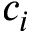
c _ { i }